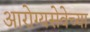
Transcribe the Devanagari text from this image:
आरोग्यसेवेच्या